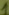
Text: 2